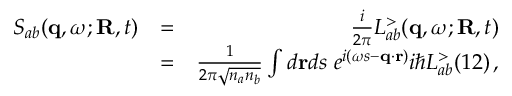
\begin{array} { r l r } { S _ { a b } ( { \bf q } , \omega ; { \bf R } , t ) } & { = } & { \frac { i } { 2 \pi } L _ { a b } ^ { > } ( { \bf q } , \omega ; { \bf R } , t ) } \\ & { = } & { \frac { 1 } { 2 \pi \sqrt { n _ { a } n _ { b } } } \int d { \bf r } d s \; e ^ { i ( \omega s - { \bf q } \cdot { \bf r } ) } i \hbar L _ { a b } ^ { > } ( 1 2 ) \, , } \end{array}